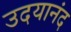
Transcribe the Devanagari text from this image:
उदयानंद